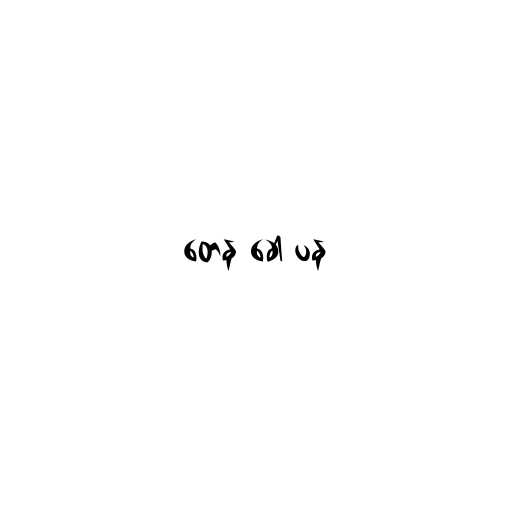
တေန ခေါ ပန